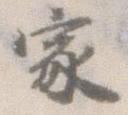
家